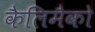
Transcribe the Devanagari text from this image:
कैलिमैको